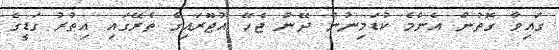
ގައިވާ ގޮތުން އެންމެ ކުޑަމިނުން ދޭން ޖެހޭ އުޖޫރައިގެ ތެރޭގައި އިތުރު ގަޑީގެ